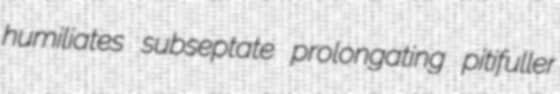
humiliates subseptate prolongating pitifuller